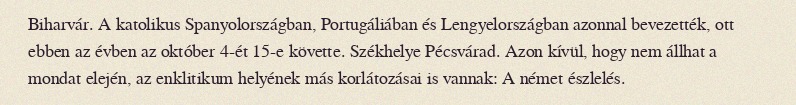
Biharvár. A katolikus Spanyolországban, Portugáliában és Lengyelországban azonnal bevezették, ott ebben az évben az október 4-ét 15-e követte. Székhelye Pécsvárad. Azon kívül, hogy nem állhat a mondat elején, az enklitikum helyének más korlátozásai is vannak: A német észlelés.